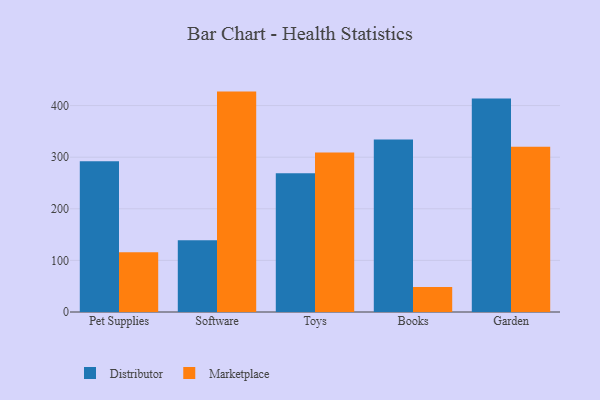
{"axis": {"x": "Category", "y": "Headcount"}, "legend": ["Distributor", "Marketplace"], "data": [{"x": "Pet Supplies", "y": 291.9, "type": "Distributor"}, {"x": "Pet Supplies", "y": 115.7, "type": "Marketplace"}, {"x": "Software", "y": 138.8, "type": "Distributor"}, {"x": "Software", "y": 427.1, "type": "Marketplace"}, {"x": "Toys", "y": 268.8, "type": "Distributor"}, {"x": "Toys", "y": 308.9, "type": "Marketplace"}, {"x": "Books", "y": 334.4, "type": "Distributor"}, {"x": "Books", "y": 48.4, "type": "Marketplace"}, {"x": "Garden", "y": 413.8, "type": "Distributor"}, {"x": "Garden", "y": 320.2, "type": "Marketplace"}]}